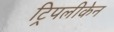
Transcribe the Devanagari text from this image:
ट्रिपलीकेन